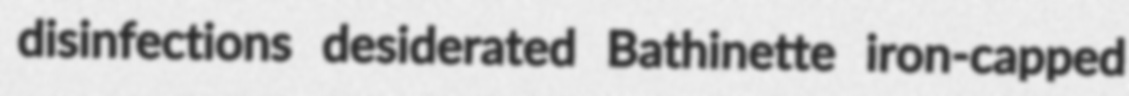
disinfections desiderated Bathinette iron-capped